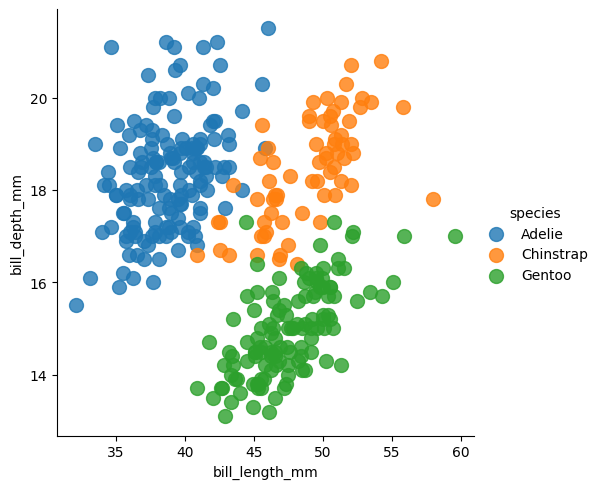
python, seaborn, lmplot, aspect=1.0, order=1, markers='o'